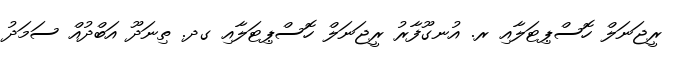
ރީޖަނަލް ހޮސްޕިޓަލާއި ރ. އުނގޫފާރު ރީޖަނަލް ހޮސްޕިޓަލާއި ގދ. ތިނަދޫ އަބްދުއް ސަމަދު